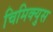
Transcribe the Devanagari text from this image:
चिमिक्युस